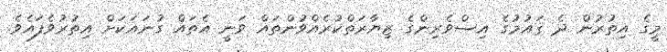
މީގެ އިތުރުން ދެ ޤައުމުގެ އިސްވެރިންގެ ޒިޔާރަތްކުރެއްވުންތައް ވަނީ އެތައް ގުނައަކަށް އިތުރުވެފައެވެ.